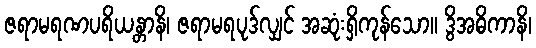
ဇရာမရဏပရိယန္တာနိ၊ ဇရာမရပုဒ်လျှင် အဆုံးရှိကုန်သော။ ဒွိအဓိကာနိ၊